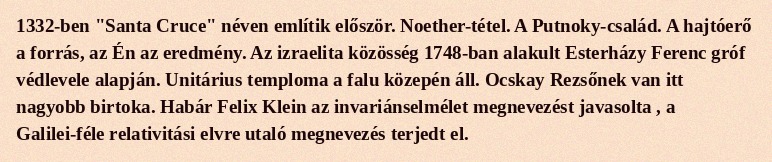
1332-ben "Santa Cruce" néven említik először. Noether-tétel. A Putnoky-család. A hajtóerő a forrás, az Én az eredmény. Az izraelita közösség 1748‑ban alakult Esterházy Ferenc gróf védlevele alapján. Unitárius temploma a falu közepén áll. Ocskay Rezsőnek van itt nagyobb birtoka. Habár Felix Klein az invariánselmélet megnevezést javasolta , a Galilei-féle relativitási elvre utaló megnevezés terjedt el.